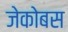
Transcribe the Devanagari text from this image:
जेकोबस